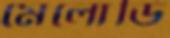
মেলোডি